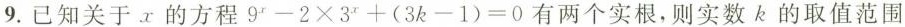
9.已知关于x的方程 $$9 ^ { x } - 2 \times